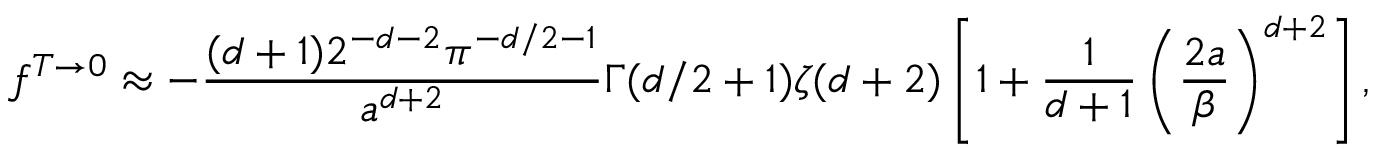
f ^ { T \to 0 } \approx - { \frac { ( d + 1 ) 2 ^ { - d - 2 } \pi ^ { - d / 2 - 1 } } { a ^ { d + 2 } } } \Gamma ( d / 2 + 1 ) \zeta ( d + 2 ) \left[ 1 + { \frac { 1 } { d + 1 } } \left( \frac { 2 a } { \beta } \right) ^ { d + 2 } \right] ,